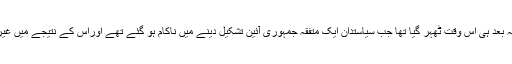
یہ وقت پاکستان کے قیا م کے کچھ عرصہ بعد ہی اس وقت ٹھہر گیا تھا جب سیاستدان ایک متفقہ جمہوری آئین تشکیل دینے میں ناکام ہو گئے تھے اوراس کے نتیجے میں غیر جمہوری قوتوں نے اپنا راستہ بنا لیا تھا۔